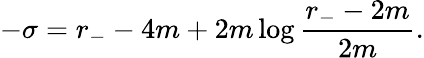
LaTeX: -\sigma=r_{-}-4m+2m\log\frac{r_{-}-2m}{2m}.